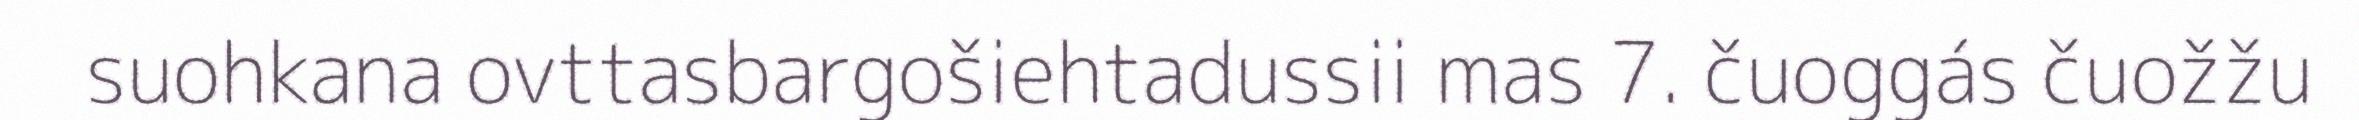
suohkana ovttasbargošiehtadussii mas 7. čuoggás čuožžu